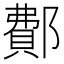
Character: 鄪